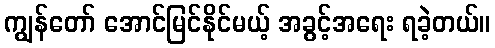
ကျွန်တော် အောင်မြင်နိုင်မယ့် အခွင့်အရေး ရခဲ့တယ်။